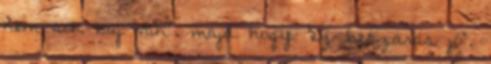
nem sok baj van". majd hogy "ez beszarás jó".